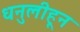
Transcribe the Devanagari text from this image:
धनुलीहून